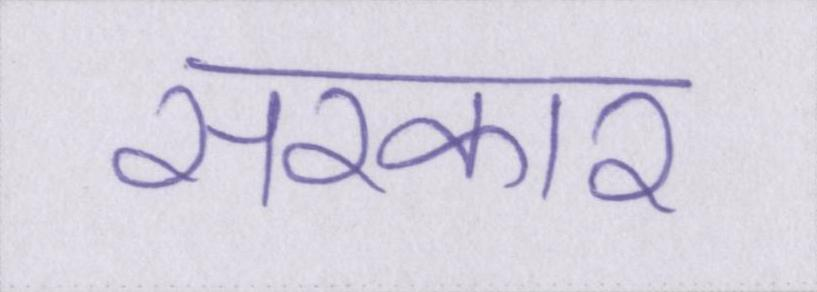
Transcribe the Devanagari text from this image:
सरकार